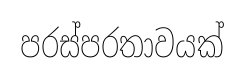
පරස්පරතාවයක්